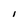
Character: l